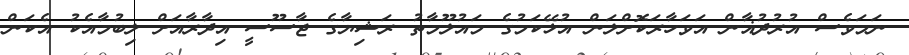
ނަމަވެސް އުރުދުޣާން އަވަހާރަކޮށްލަން އުޅޭކަމުގެ މައުލޫމާތު ރަޝިޔާގެ ޖާސޫސީ އިދާރާއަށް ލިބުމާއެކު އެކަން